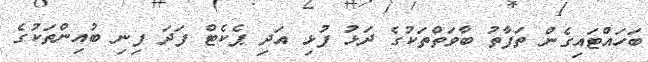
ބަހައްޓައިގެން ތަފާތު ބާވަތްތަކުގެ ދަޅު ފުޅި އަދި ޕެކެޓް ފަދަ ފިނި ބުއިންތަކުގެ